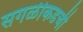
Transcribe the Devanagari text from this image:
सगळीकडची